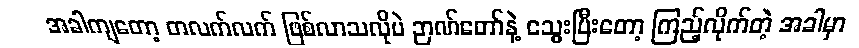
အခါကျတော့ တလက်လက် ဖြစ်လာသလိုပဲ ဉာဏ်တော်နဲ့ သွေးပြီးတော့ ကြည့်လိုက်တဲ့ အခါမှာ